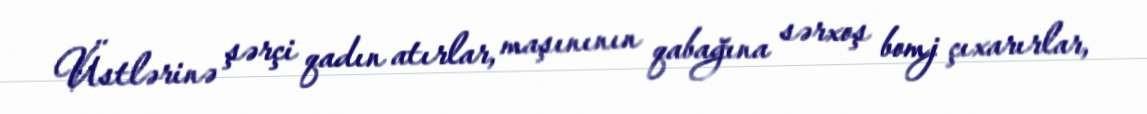
Üstlərinə şərçi qadın atırlar, maşınının qabağına sərxoş bomj çıxarırlar,